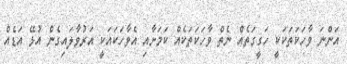
އަންނަ ވާހަކަތަކަކީ ހަގީގަތެއް ނެތް ވާހަކަތަކެއް ކަމަށާއި އެވާހަކައަކީ އަރުވާލައިގެން އުޅޭ އަޑެެއް